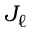
J _ { \ell }